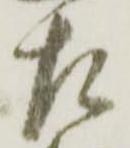
左